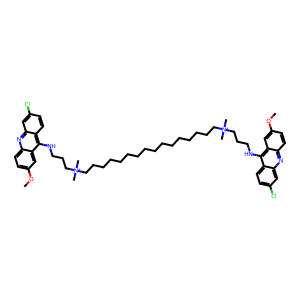
SMILES: COc1ccc2nc3cc(Cl)ccc3c(NCCC[N+](C)(C)CCCCCCCCCCCCCCCC[N+](C)(C)CCCNc3c4ccc(Cl)cc4nc4ccc(OC)cc34)c2c1
Inhibits HIV replication: No